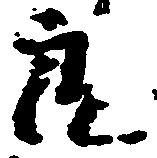
良